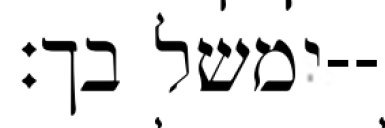
ימשל בך׃--